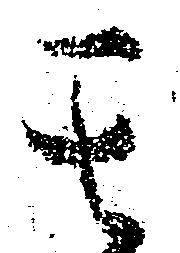
其